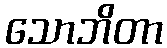
သောဘိတာ